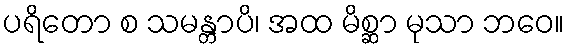
ပရိတော စ သမန္တာပိ၊ အထ မိစ္ဆာ မုသာ ဘဝေ။